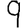
Digit: 9